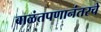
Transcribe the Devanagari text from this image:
बाळंतपणानंतरचे